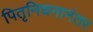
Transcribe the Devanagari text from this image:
पितृनिधनानंतर